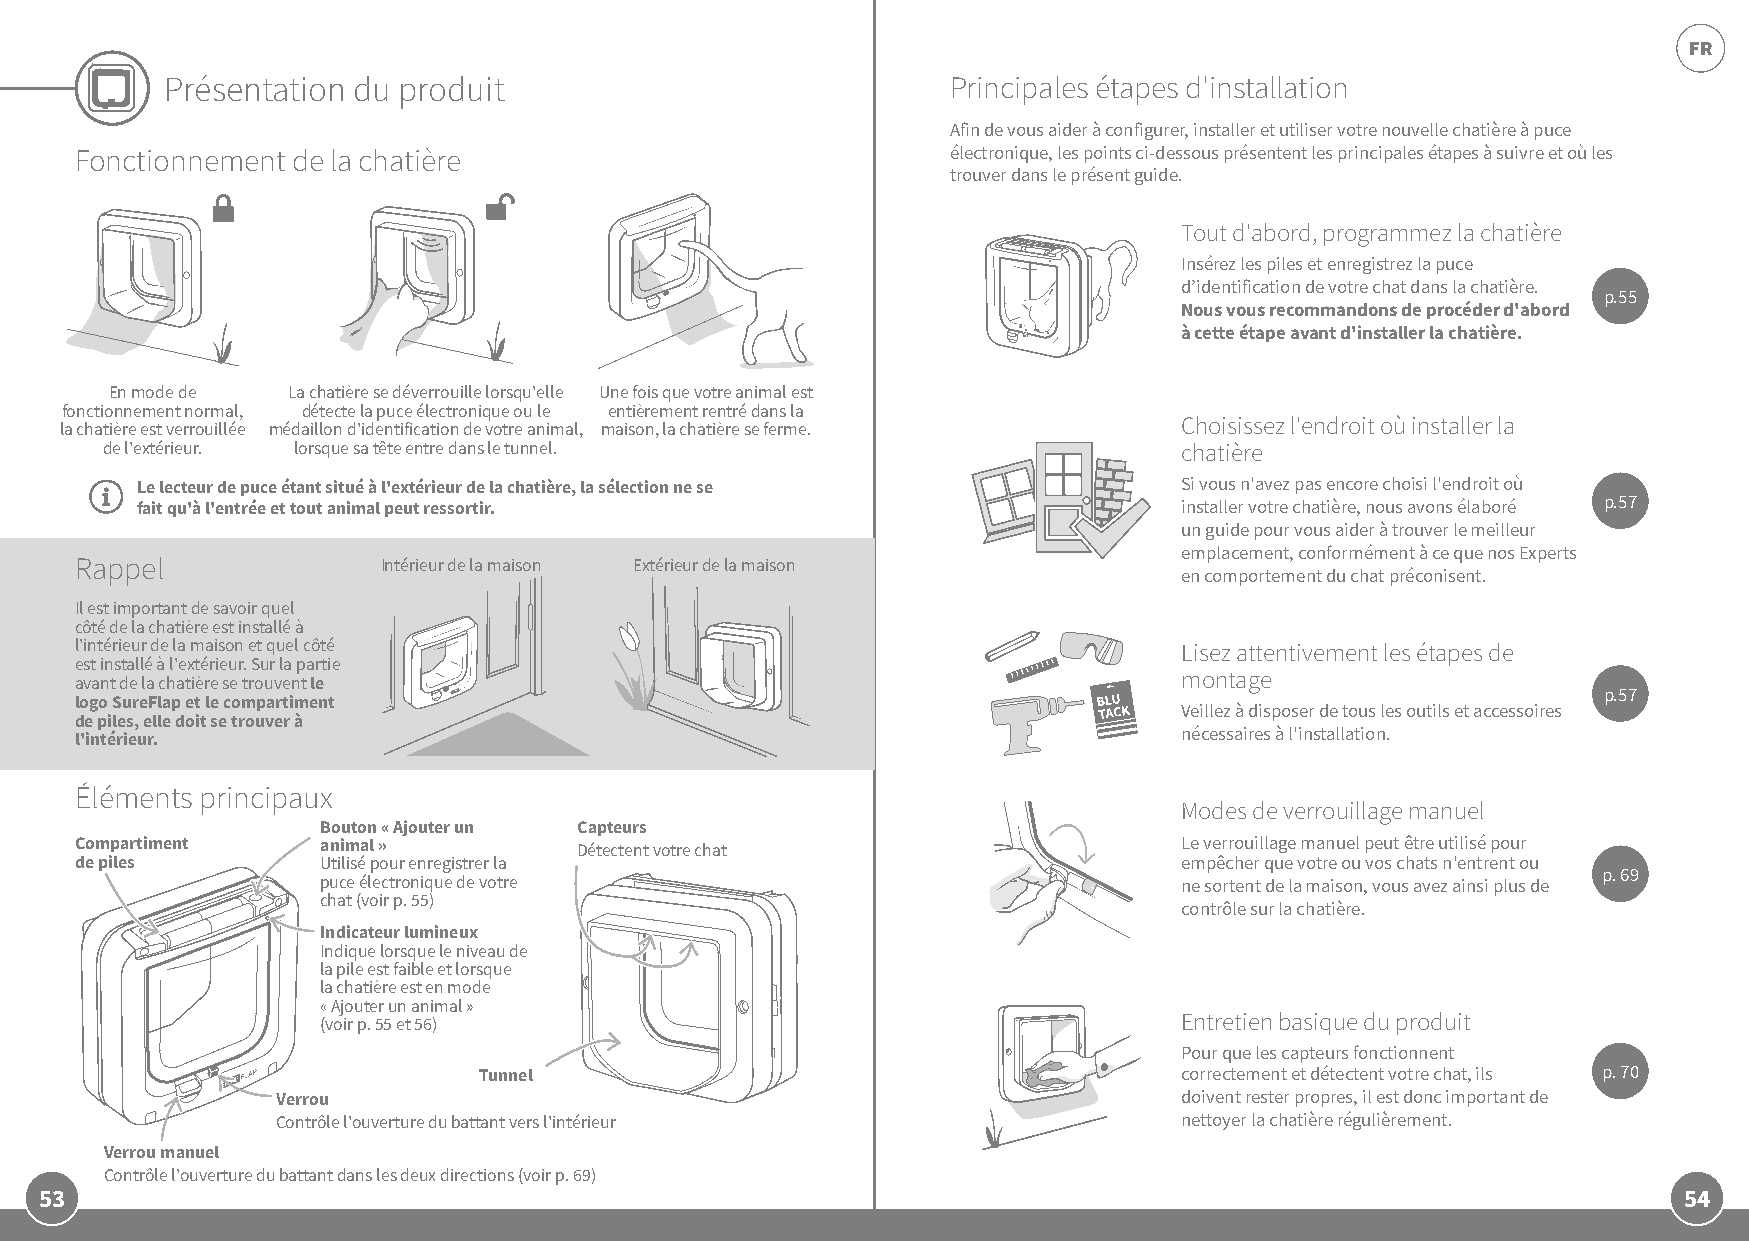
FR
 Présentation du produit                             Principales étapes d'installation
 Afin de vous aider à configurer, installer et utiliser votre nouvelle chatière à puce
 Fonctionnement de la chatière                             électronique, les points ci-dessous présentent les principales étapes à suivre et où les
 trouver dans le présent guide.
 Tout d'abord, programmez la chatière
 Insérez les piles et enregistrez la puce
 d’identification de votre chat dans la chatière.
 p.55
 Nous vous recommandons de procéder d'abord
 à cette étape avant d'installer la chatière.
 En mode de  La chatière se déverrouille lorsqu'elle Une fois que votre animal est
 fonctionnement normal, détecte la puce électronique ou le entièrement rentré dans la
 Choisissez l'endroit où installer la
 la chatière est verrouillée médaillon d'identification de votre animal, maison, la chatière se ferme.
 de l'extérieur. lorsque sa tête entre dans le tunnel.                  chatière
 Le lecteur de puce étant situé à l'extérieur de la chatière, la sélection ne se Si vous n'avez pas encore choisi l'endroit où
 fait qu'à l'entrée et tout animal peut ressortir.                    installer votre chatière, nous avons élaboré p.57
 un guide pour vous aider à trouver le meilleur
 emplacement, conformément à ce que nos Experts
 Rappel              Intérieur de la maison Extérieur de la maison
 en comportement du chat préconisent.
 Il est important de savoir quel
 côté de la chatière est installé à
 l'intérieur de la maison et quel côté                                    Lisez attentivement les étapes de
 est installé à l'extérieur. Sur la partie
 montage
 avant de la chatière se trouvent le
 p.57
 logo SureFlap et le compartiment
 Veillez à disposer de tous les outils et accessoires
 de piles, elle doit se trouver à
 nécessaires à l'installation.
 l'intérieur.
 Éléments principaux
 Modes de verrouillage manuel
 Bouton « Ajouter un Capteurs
 Compartiment    animal »         Détectent votre chat                    Le verrouillage manuel peut être utilisé pour
 de piles        Utilisé pour enregistrer la                              empêcher que votre ou vos chats n'entrent ou
 p. 69
 puce électronique de votre                               ne sortent de la maison, vous avez ainsi plus de
 chat (voir p. 55)
 contrôle sur la chatière.
 Indicateur lumineux
 Indique lorsque le niveau de
 la pile est faible et lorsque
 la chatière est en mode
 « Ajouter un animal »
 (voir p. 55 et 56)                                       Entretien basique du produit
 Pour que les capteurs fonctionnent
 Tunnel                                Pg      correctement et détectent votre chat, ils p. 70
 Verrou                                                      doivent rester propres, il est donc important de
 Contrôle l'ouverture du battant vers l'intérieur            nettoyer la chatière régulièrement.
 Verrou manuel
 Contrôle l'ouverture du battant dans les deux directions (voir p. 69)
 53                                                                                                          54